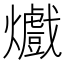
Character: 㸍